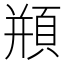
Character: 頩